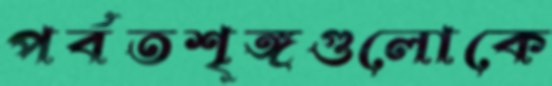
পর্বতশৃঙ্গগুলোকে